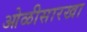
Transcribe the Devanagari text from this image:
ओळीसारखा